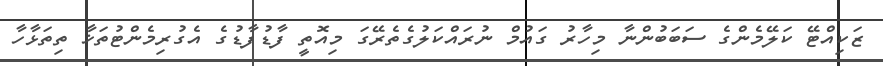
ޒަކިއްޓޭ ކަލޭމެންގެ ސަބަބުންނާ މިހާރު ގައުމް ނުރައްކަލުގެތެރޭގަ މިއޮތީ ފާޑުފާޑުގެ އެގުރިމެންޓުތަޚާ ތިތަޅާހާ